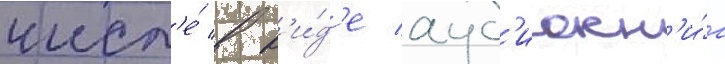
числ'е́ в в'и́д'е ауд'иокн'и́г